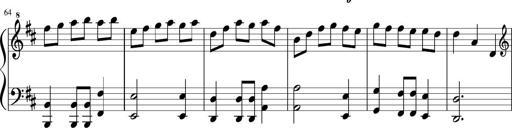
Title: Sonatine Nr.1 in C-Dur
Composer: DÃ©sirÃ©e Manns
Key: C major